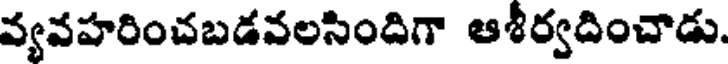
వ్యవహరించబడవలసిందిగా ఆశీర్వదించాడు.